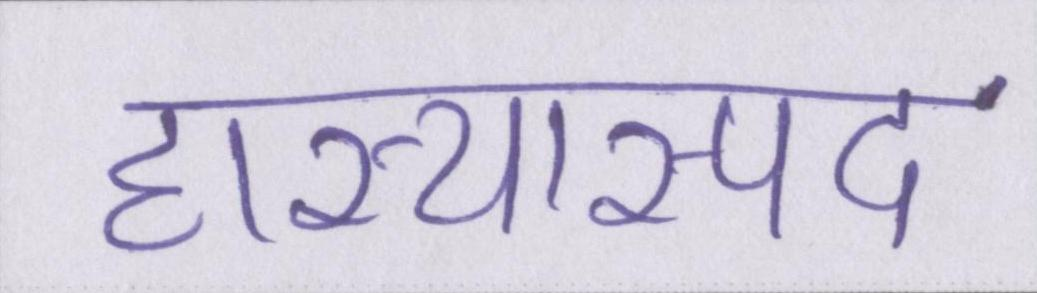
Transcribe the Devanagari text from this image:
हास्यास्पद